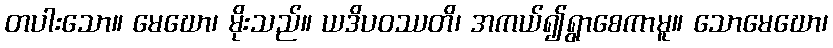
တပါးသော။ မေဃော၊ မိုးသည်။ ယဒိပဝဿတိ၊ အကယ်၍ရွာစေကာမူ။ သောမေဃော၊